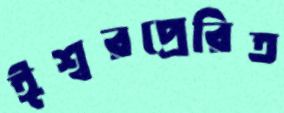
ঈশ্বরপ্রেরিত